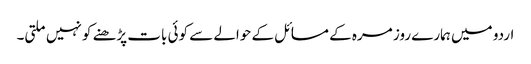
اردو میں ہمارے روز مرہ کے مسائل کے حوالے سے کوئی بات پڑھنے کو نہیں ملتی۔